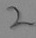
Text: 2